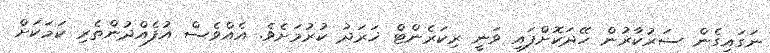
ނަގައިގެން ސަރުކާރުން ހޭދަކޮށްފައި ވަނީ ރިކަރެންޓް ޚަރަދު ކުރުމަށެވެ. އެއްވެސް އުފެއްދުންތެރި ކަމަކަށް